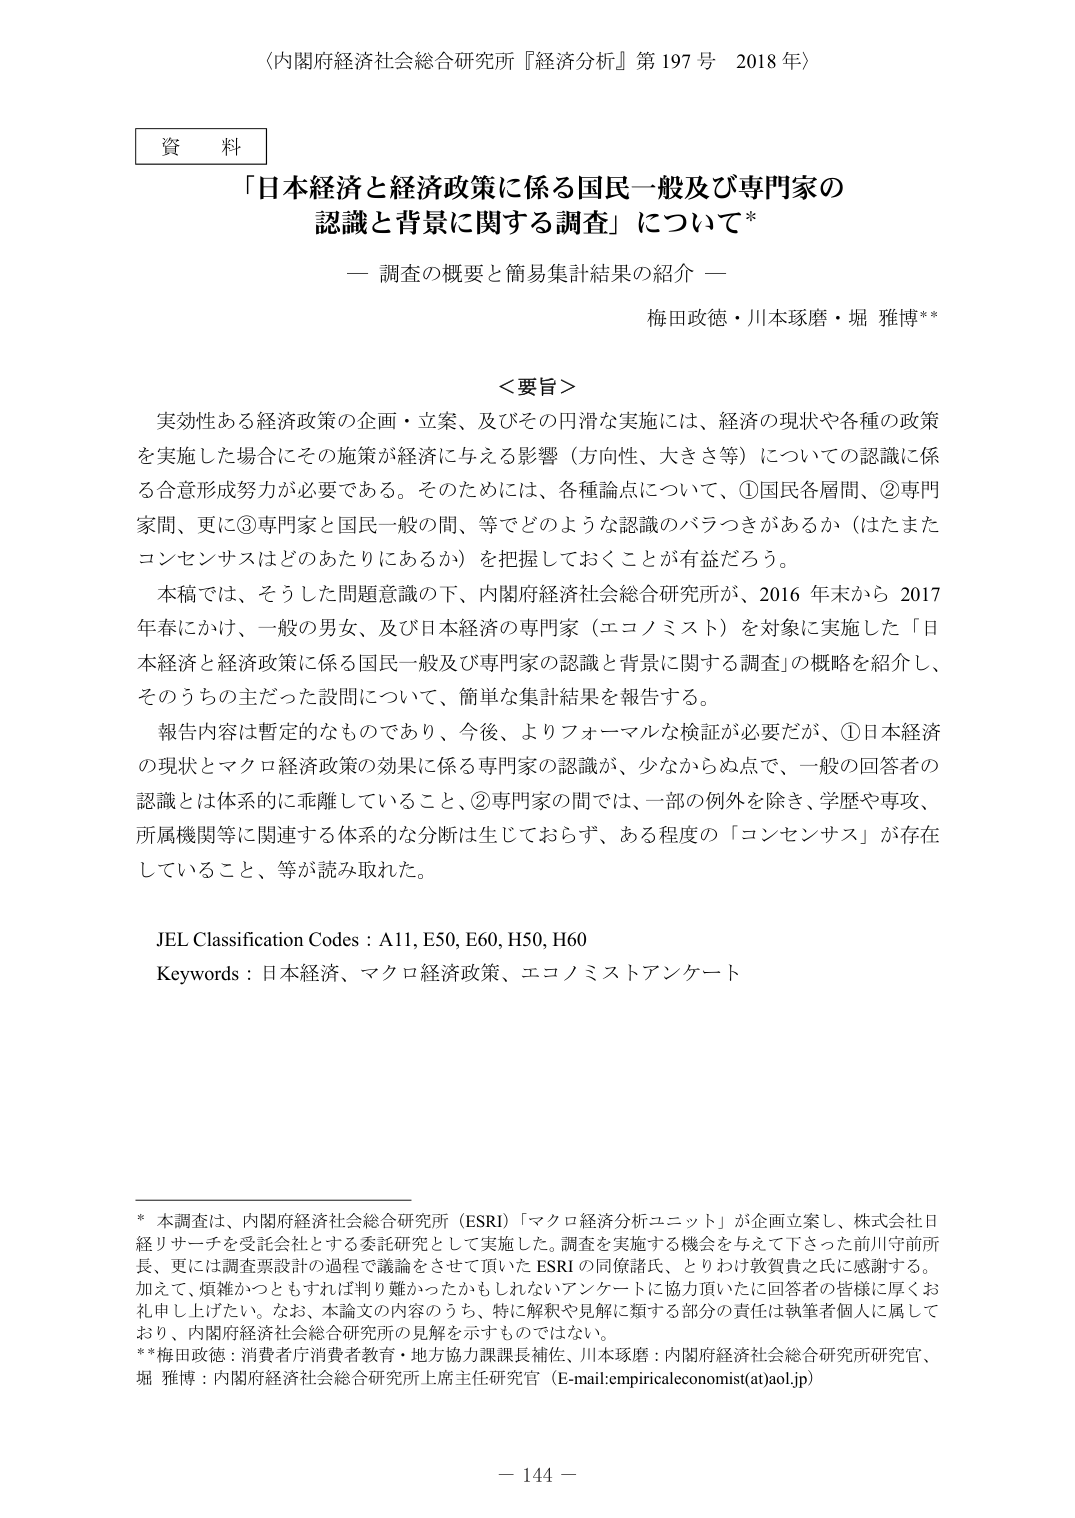
〈内閣府経済社会総合研究所『経済分析』第197号 2018年〉

資料

「日本経済と経済政策に係る国民一般及び専門家の
認識と背景に関する調査」について*

― 調査の概要と簡易集計結果の紹介 ―

梅田政徳・川本琢磨・堀 雅博**

＜要旨＞
実効性ある経済政策の企画・立案、及びその円滑な実施には、経済の現状や各種の政策
を実施した場合にその施策が経済に与える影響（方向性、大きさ等）についての認識に係
る合意形成努力が必要である。そのためには、各種論点について、①国民各層間、②専門
家間、更に③専門家と国民一般の間、等でどのような認識のバラつきがあるか（はたまた
コンセンサスはどのあたりにあるか）を把握しておくことが有益だろう。
本稿では、そうした問題意識の下、内閣府経済社会総合研究所が、2016年末から2017
年春にかけ、一般の男女、及び日本経済の専門家（エコノミスト）を対象に実施した「日
本経済と経済政策に係る国民一般及び専門家の認識と背景に関する調査」の概略を紹介し、
そのうちの主だった設問について、簡単な集計結果を報告する。
報告内容は暫定的なものであり、今後、よりフォーマルな検証が必要だが、①日本経済
の現状とマクロ経済政策の効果に係る専門家の認識が、少なからぬ点で、一般の回答者の
認識とは体系的に乖離していること、②専門家の間では、一部の例外を除き、学歴や専攻、
所属機関等に関連する体系的な分析は生じておらず、ある程度の「コンセンサス」が存在
していること、等が読み取れた。

JEL Classification Codes：A11, E50, E60, H50, H60
Keywords：日本経済、マクロ経済政策、エコノミストアンケート

* 本調査は、内閣府経済社会総合研究所（ESRI）「マクロ経済分析ユニット」が企画立案し、株式会社日
経リサーチを受託会社とする委託研究として実施した。調査を実施する機会を与えて下さった前川守前所
長、更には調査票設計の過程で議論をさせて頂いたESRIの同僚諸氏、とりわけ敦賀貴之氏に感謝する。
加えて、煩雑かつともすれば判り難かったかもしれないアンケートに協力頂いた回答者の皆様に厚くお
礼申し上げたい。なお、本論文の内容のうち、特に解釈や見解に類する部分の責任は執筆者個人に属して
おり、内閣府経済社会総合研究所の見解を示すものではない。
**梅田政徳：消費者庁消費者教育・地方協力課課長補佐、川本琢磨：内閣府経済社会総合研究所研究官、
堀 雅博：内閣府経済社会総合研究所主席主任研究官（E-mail:empiricaleconomist(at)aol.jp）

－ 144 －